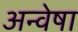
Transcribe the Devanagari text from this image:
अन्वेषा